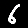
Digit: 6